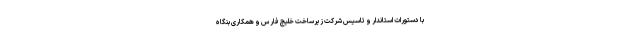
با دستورات استاندار و تاسیس شرکت زیرساخت خلیج فارس و همکاری بنگاه